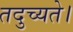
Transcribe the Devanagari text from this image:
तदुच्यते।